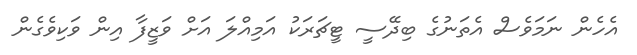
އެހެން ނަމަވެސް އެތަނުގެ ބިދޭސީ ޓީޗަރަކު އަމިއްލަ އަށް ވަޒީފާ އިން ވަކިވެގެން